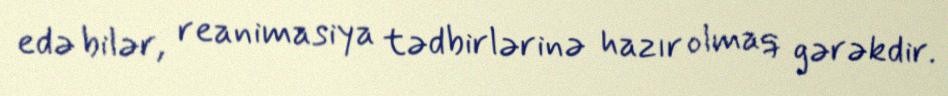
edə bilər, reanimasiya tədbirlərinə hazır olmaq gərəkdir.